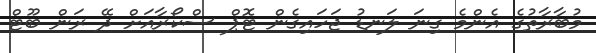
މުބާރާތުގެ އެންމެ ގިނަ ލަނޑު ޖަހައިގެން ޓޮޕް ސްކޯރާއަށް ދޭ ރަން ބޫޓް